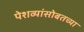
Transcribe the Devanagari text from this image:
पेशव्यांसोबतच्या